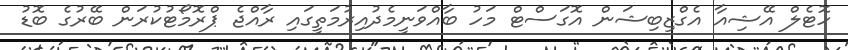
ހޮޓެލް އޭޝިއާ އެގްޒިބިޝަން އޮގަސްޓް މަހު ބާއްވަނީމެދުއިރުމަތީގައި ރާއްޖެ ޕްރޮމޯޓުކުރަން ބޭރުގެ ބޮޑު